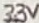
Text: 33V